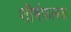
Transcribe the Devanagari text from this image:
शीर्षफलक